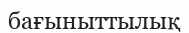
бағыныттылық